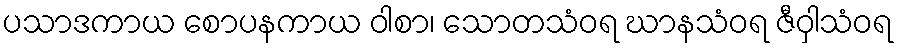
ပသာဒကာယ စောပနကာယ ဝါစာ၊ သောတသံဝရ ဃာနသံဝရ ဇီဝှါသံဝရ